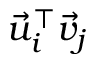
\vec { u } _ { i } ^ { \top } \vec { v } _ { j }